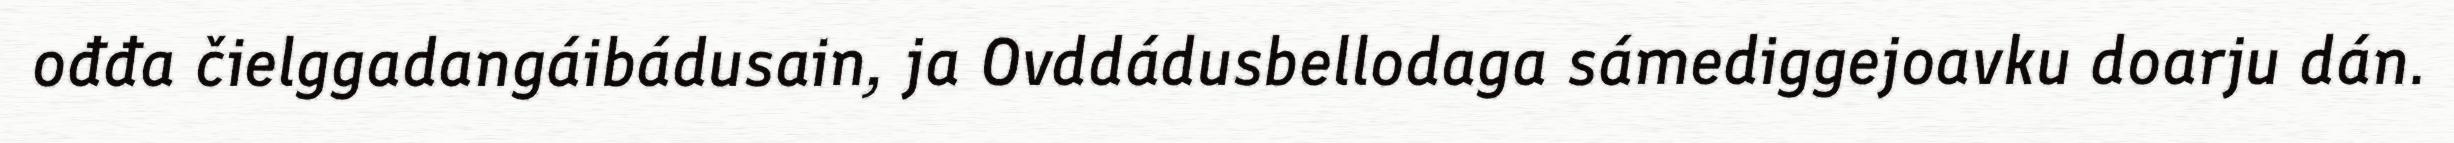
ođđa čielggadangáibádusain, ja Ovddádusbellodaga sámediggejoavku doarju dán.